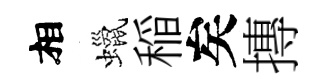
相蠟稲矣摶